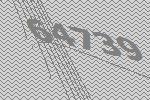
64739